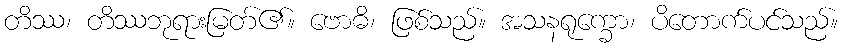
တိဿ၊ တိဿဘုရားမြတ်၏။ ဗောဓိ၊ ဖြစ်သည်။ အသနရုက္ခော၊ ပိတောက်ပင်သည်။